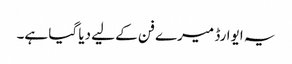
یہ ایوارڈ میرے فن کے لیے دیا گیا ہے۔